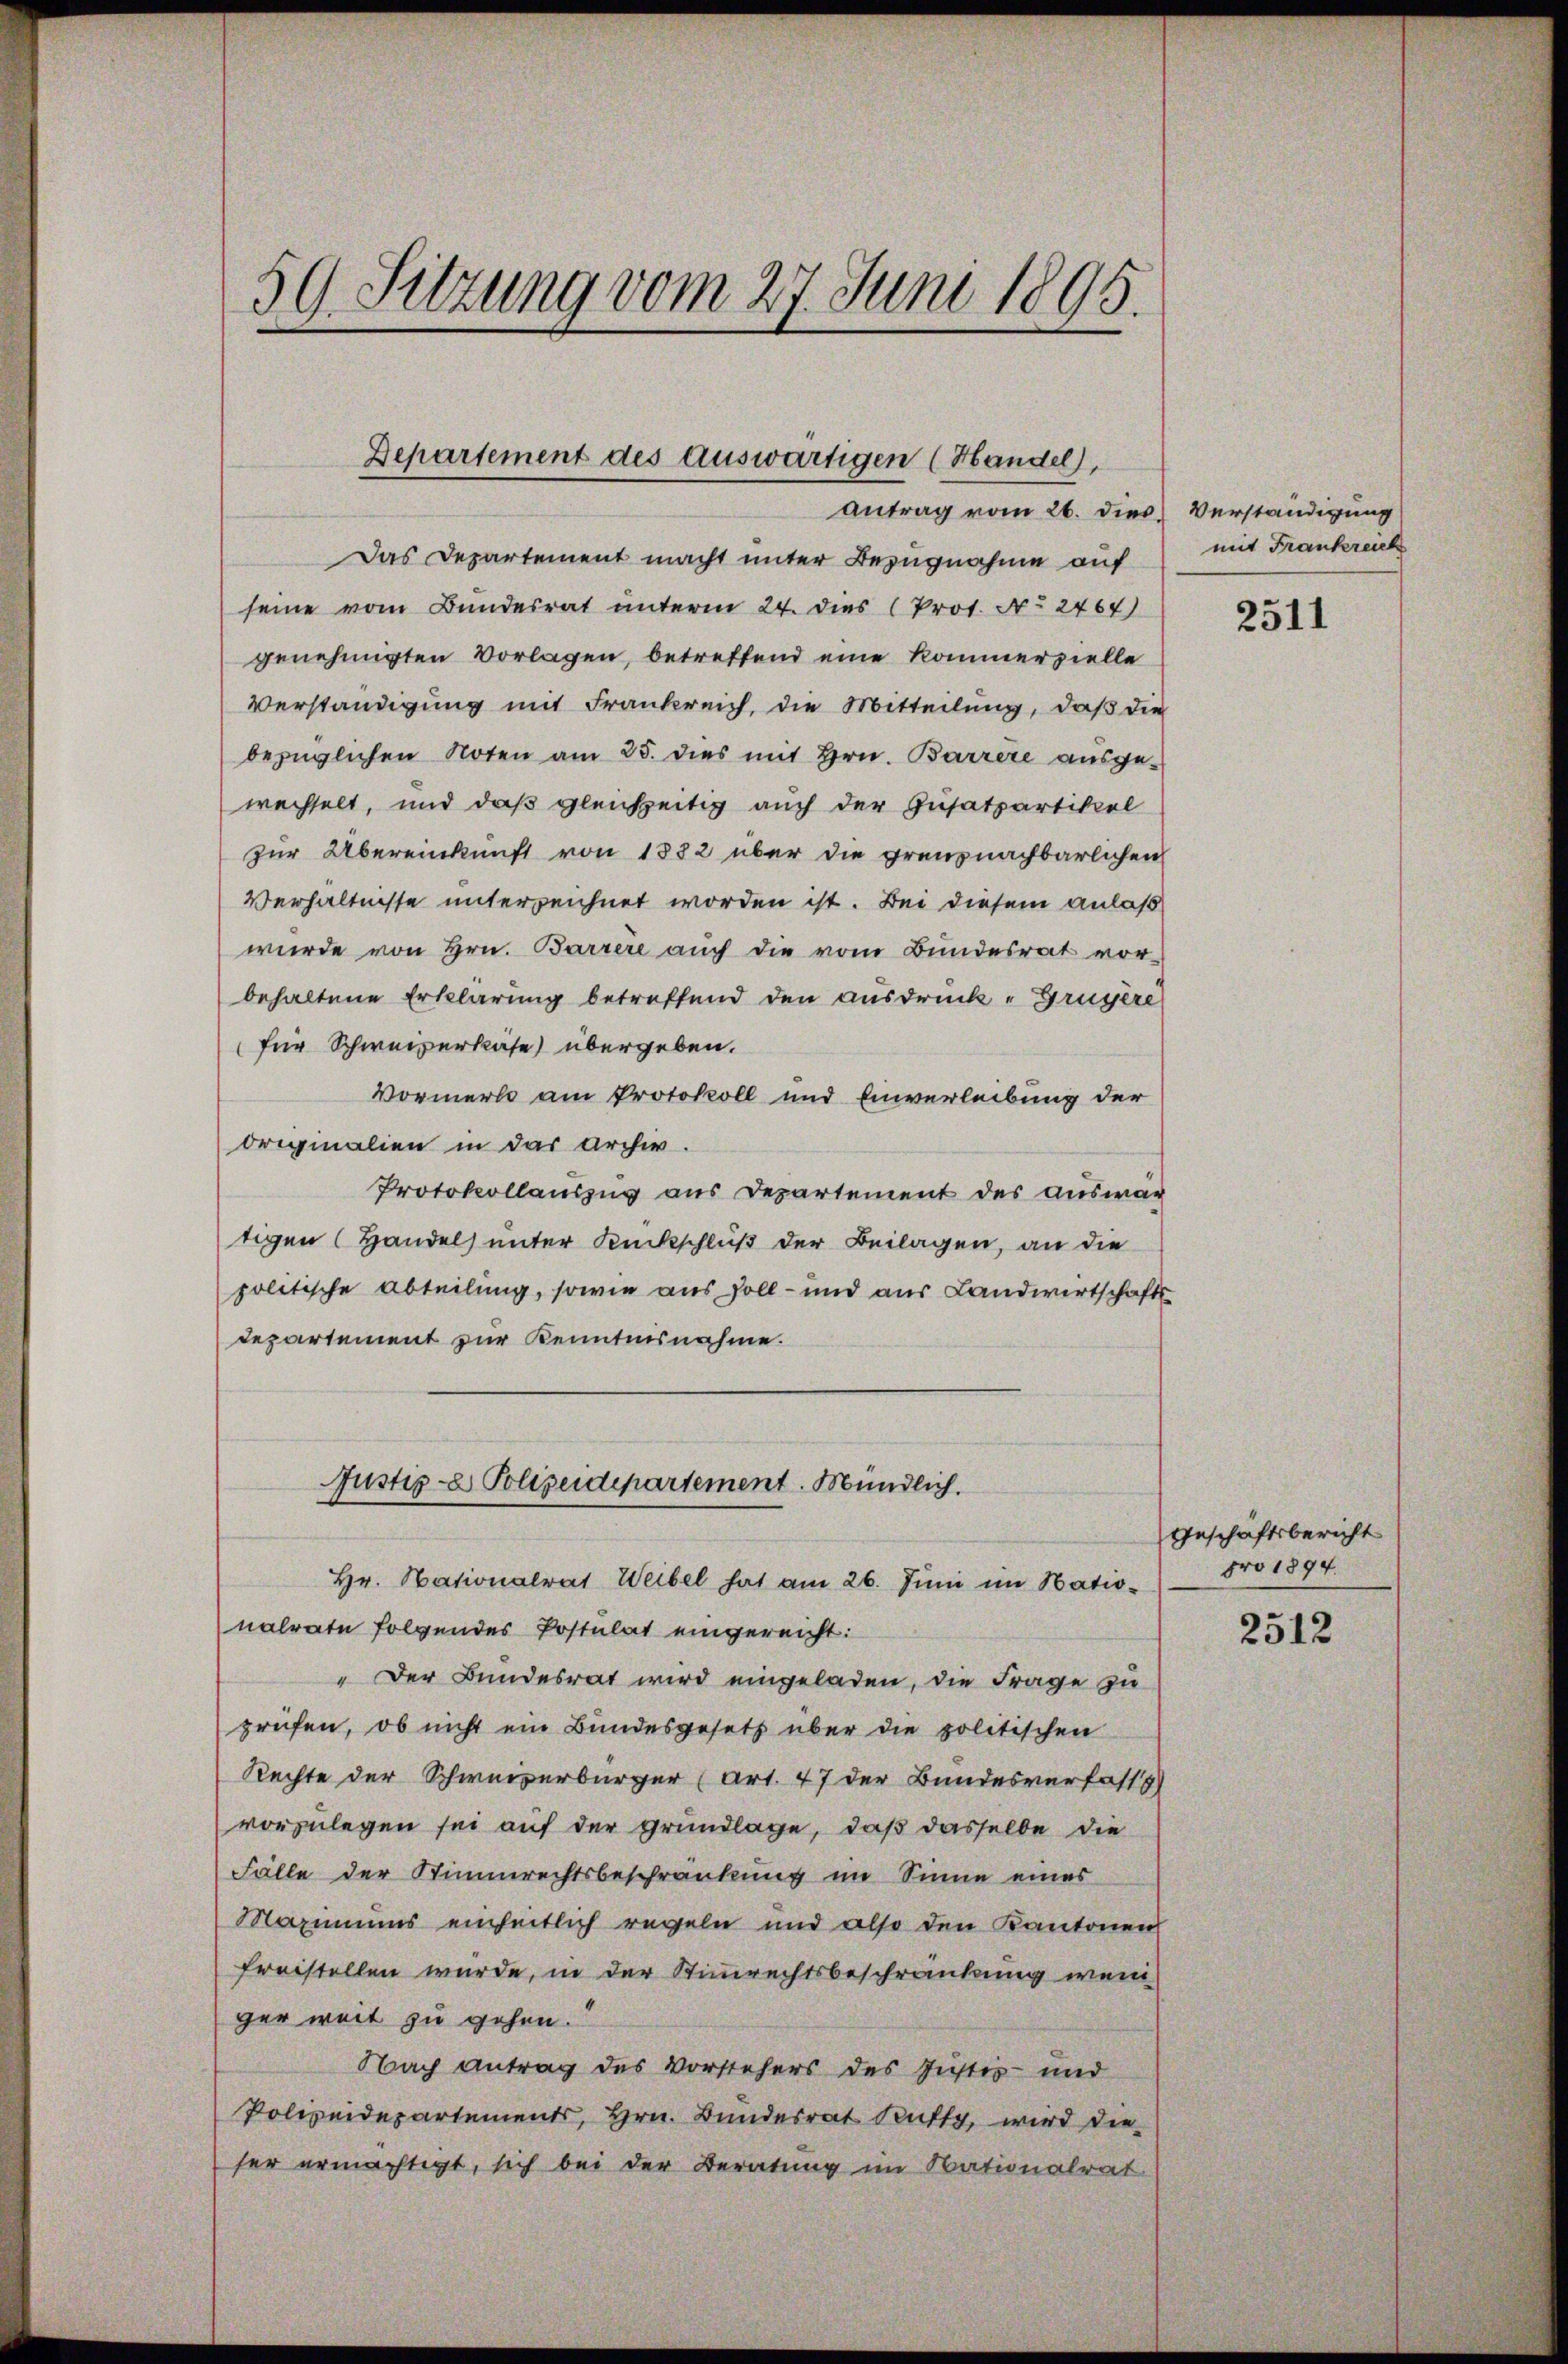
59. Sitzung vom 27. Juni 1895.

Departement des auswärtigen (Handel),

Antrag vom 26. dies Verständigung
Das Departement macht unter Bezugnahme auf
seine vom Bundesrat unterm 24. dies (Prot. No 2467)
genehmigten Vorlagen, betreffend eine kommerzielle
Verständigung mit Frankreich, die Mitteilung, daß die
bezüglichen Noten am 25. dies mit Hrn. Barrere ausge-
wechselt, und daß gleichzeitig auch der Zusatzartikel
zur Übereinkunft von 1882 über die grenznachbarlichen
Verhältnisse unterzeichnet worden ist. Bei diesem anlaß
wurde von Hrn. Barrere auch die vom Bundesrat vor-
behaltene Erklärung betreffend den ausdruck „Gruyère
(für Schweizerkase) übergeben.
Vormerk am Protokoll und Einverleibung der
Originalien in das Archiv.
Protokollauszug aus Departement des auswar
tigen (Handel unter Rückschluß der Beilagen, an die
politische Abteilung, sowie aus soll- und aus Landwirtschaftsdepartement zur Kenntnisnahme.
Justiz- & Polizeidepartement. Mündlich.
Hr. Nationalrat Weibel hat am 26. Juni im Nationalrate folgendes Postulat eingereicht:
" Der Bundesrat wird eingeladen, die Frage zu
prüfen, ob nicht ein Bundesgesetz über die politischen
Rechte der Schweizerbürger (Art. 47 der Bundesverfass
vorzulegen sei auf der Grundlage, daß dasselbe die
Fälle der Stimmrechtsbeschränkung im Sinne eines
Maximums einheitlich regeln und also den Kantonen
freistellen wurde, in der Stimmrechtsbeschränkung weni
ger weit zu gehen.
Nach antrag des Vorstehers des Justiz- und
Polizeidepartements, Hrn. Bundesrat Rutty, wird die
her ermächtigt, sich bei der Beratung im Nationalrat

mit Frankreich

2511

Geschäftsbericht
pro 1894.

2512